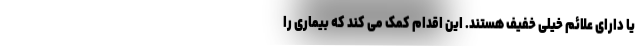
یا دارای علائم خیلی خفیف هستند. این اقدام کمک می کند که بیماری را